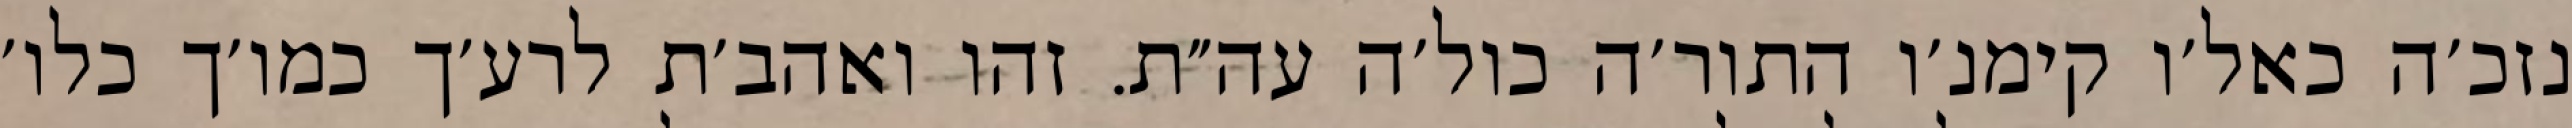
נזכ׳ה כאל׳ו קימנ׳ו התור׳ה כול׳ה עה״ת. זהו ואהב׳ת לרע׳ך כמו׳ך כלו׳